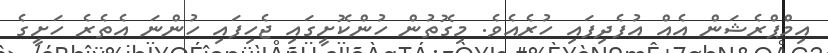
އިމްޕްރެޝަން އެއް އުފެދިފައި ހުރެއެވެ. މިގޮތުން ހުންކޮށީގައި ޖެހިފައި ހުންނަ އެތެރެ ހަށީގެ